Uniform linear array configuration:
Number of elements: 12
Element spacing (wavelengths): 0.5
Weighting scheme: cosine
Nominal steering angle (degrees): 60
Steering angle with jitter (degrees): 58.43
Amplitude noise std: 0.05
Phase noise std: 0.05

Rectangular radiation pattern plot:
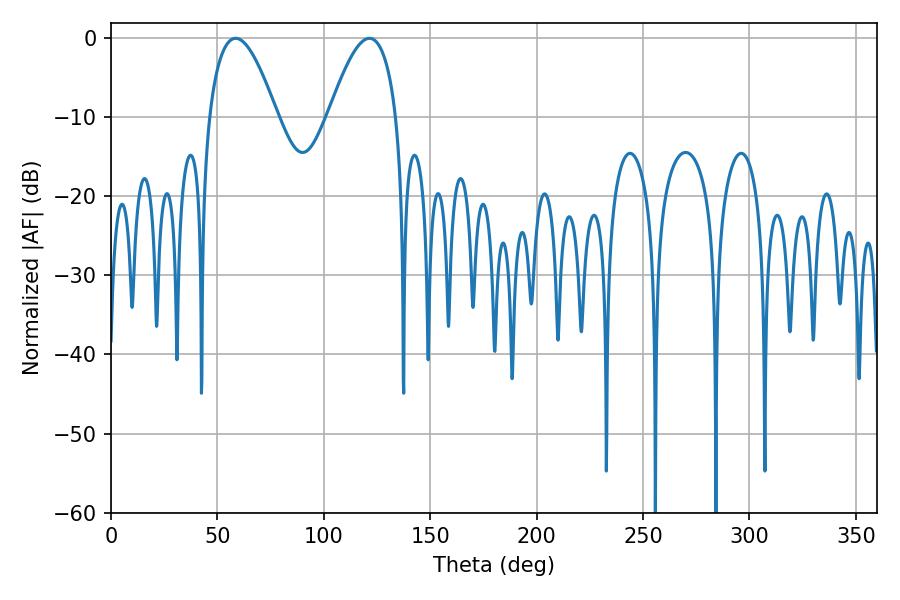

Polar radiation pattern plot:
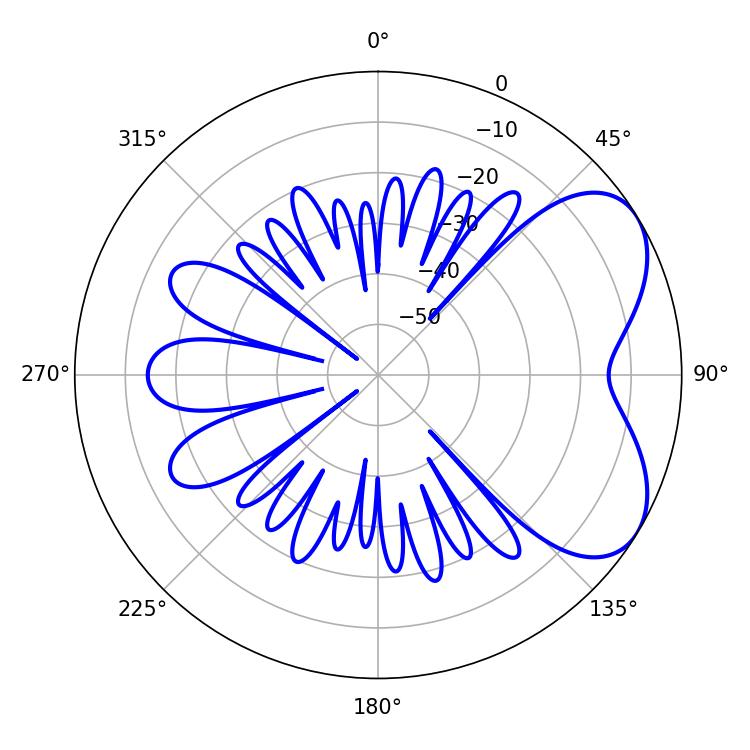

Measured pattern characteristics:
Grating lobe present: FALSE
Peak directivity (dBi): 5.541
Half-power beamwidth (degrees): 17.46
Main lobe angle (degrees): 58.5